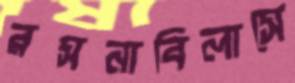
রসনাবিলাসে